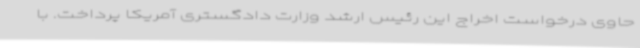
حاوی درخواست اخراج این رئیس ارشد وزارت دادگستری آمریکا پرداخت. با